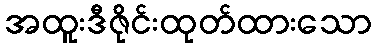
အထူးဒီဇိုင်းထုတ်ထားသော